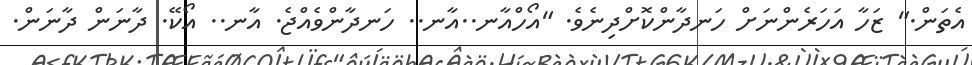
އެތަން." ޒަހާ އަހަރެންނަށް ހަނދާންކޮށްދިނެވެ. "އޯހްއާނ..އާނ.. ހަނދާންވެއްޖެ. އާނ.. އޯކޭ. ދާނަން ދާނަން.